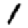
Digit: 1